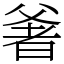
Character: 㸙